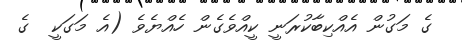
ގެ މަގުން އެއްކިބާކުރަނީ ކީއްވެގެން ހެއްޔެވެ (އެ މަގަކީ  ގެ